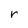
Character: r